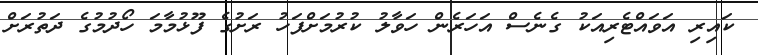
ކައިރި އަވައްޓެރިއަކު ގެނެސް އަހަރެން ހަވާލު ކުރުމަށްފަހު ރަށުގެ ފޫޅުމާމަ ހޯދުމުގެ ދަތުރަށް